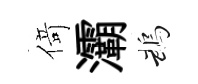
𠋣灞鵡